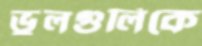
ভুলগুলিকে